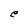
Character: e